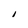
Character: I